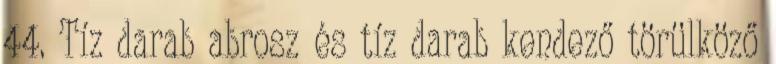
44. Tíz darab abrosz és tíz darab kendező törülköző